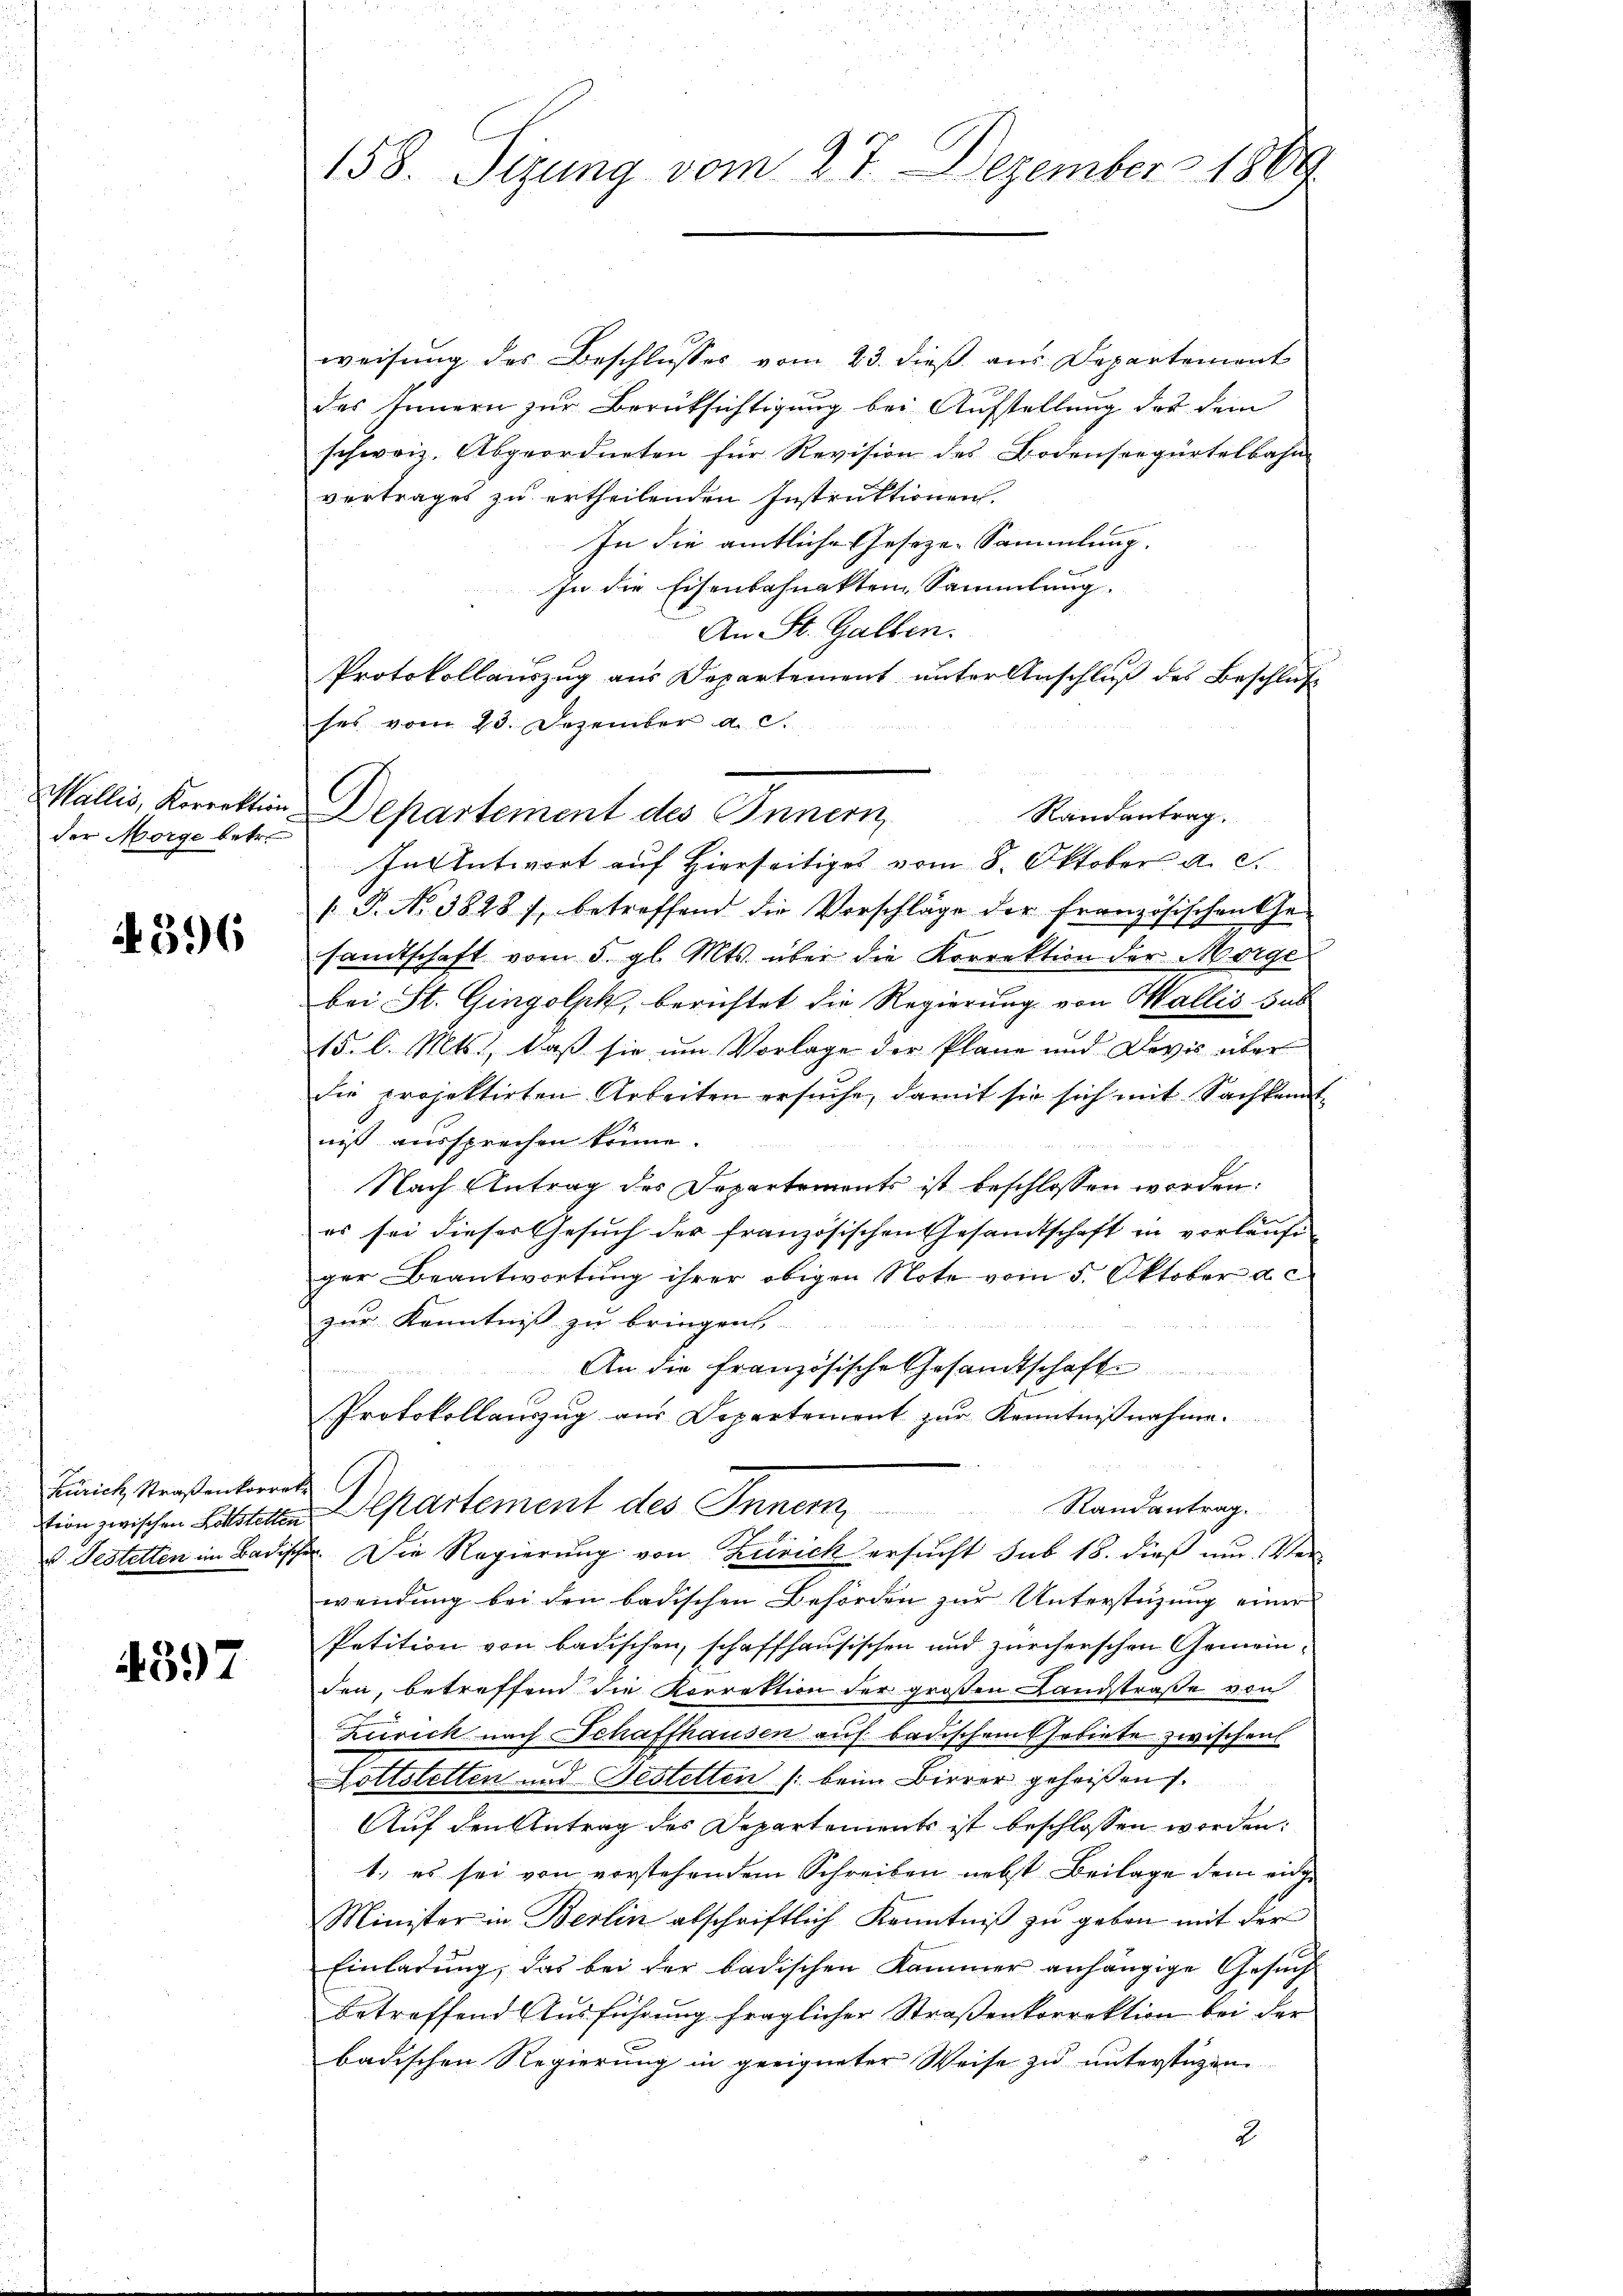
Wallis, Korrektion
der Morge betr.

396

Zürich Straßenkorre
tion zwischen Lötstette
v. Gestetten im Badis

4397

158. Sizung vom 27. Dezember 1889

weisung des Beschlusses vom 23. dieß aus Departement
des Innern zur Berüksichtigung bei Aufstellung das dem
schweiz. Abgeordneten für Revision des Bodenseegürtelbahn
vertrages zu ertheilenden Instruktionen
In die amtliche Geseze-Sammlung.
In die Eisenbahnakten Sammlung.
An St. Gallen.
Protokollauszug aus Departement unter Anschluß des Beschluß
ses vom 23. Dezember a. c.
In Antwort auf Hierseitiges vom 8. Oktober a. c.
 P. No 3848), betreffend die Vorschläge der französischen Ge-
samtschaft vom 5. gl. Mts. über die Korrektion der Morge
bei St. Gingolph, berichtet die Regierung von Wallis sus
15. l. Mts., daß sie um Vorlage der Pläne und Divis über
die projektirten Arbeiten ersuche, damit sie sich mit Sachkenn
niß aussprechen könne.
Nach Antrag des Departements ist beschlossen worden:
es sei dieser Gesuch der französischen Gesandtschaft in vorläufiger Beantwortung ihrer obigen Note vom 5. Oktober a. c
zur Kenntniß zu bringen,
An die französische Gesandtschafte
Protokollauszug aus Departement zur Kenntnißnahme.
Departement des Inner Randantrag
T. Die Regierung von Zusick ersucht sub 18. dieß nur Ver
wendung bei den badischen Behörden zur Untersteigung einer
Petition von badischen, schaffhausischen und zürcherschen Gemeinden, betreffend die Korrektion der großen Landstraße von
Zürich nach Schaffhausen auf badischem Gebiete zwischen
Foltstetten und Festetten /: beim Bierer geheißen.
Auf den Antrag des Departements ist beschlossen worden:
1. es sei von vorstehendem Schreiben nebst Beilage dem eidge
Minister in Berlin abschriftlich Kenntniß zu geben mit der
Einladung, das bei der badischen Kammer anhängige Gesuch
betreffend Ausführung fraglicher Straßenkorrektion bei der
badischen Regierung in geeigneter Weise zu unterstüzen
2.

Departement des Innern Randantrag.